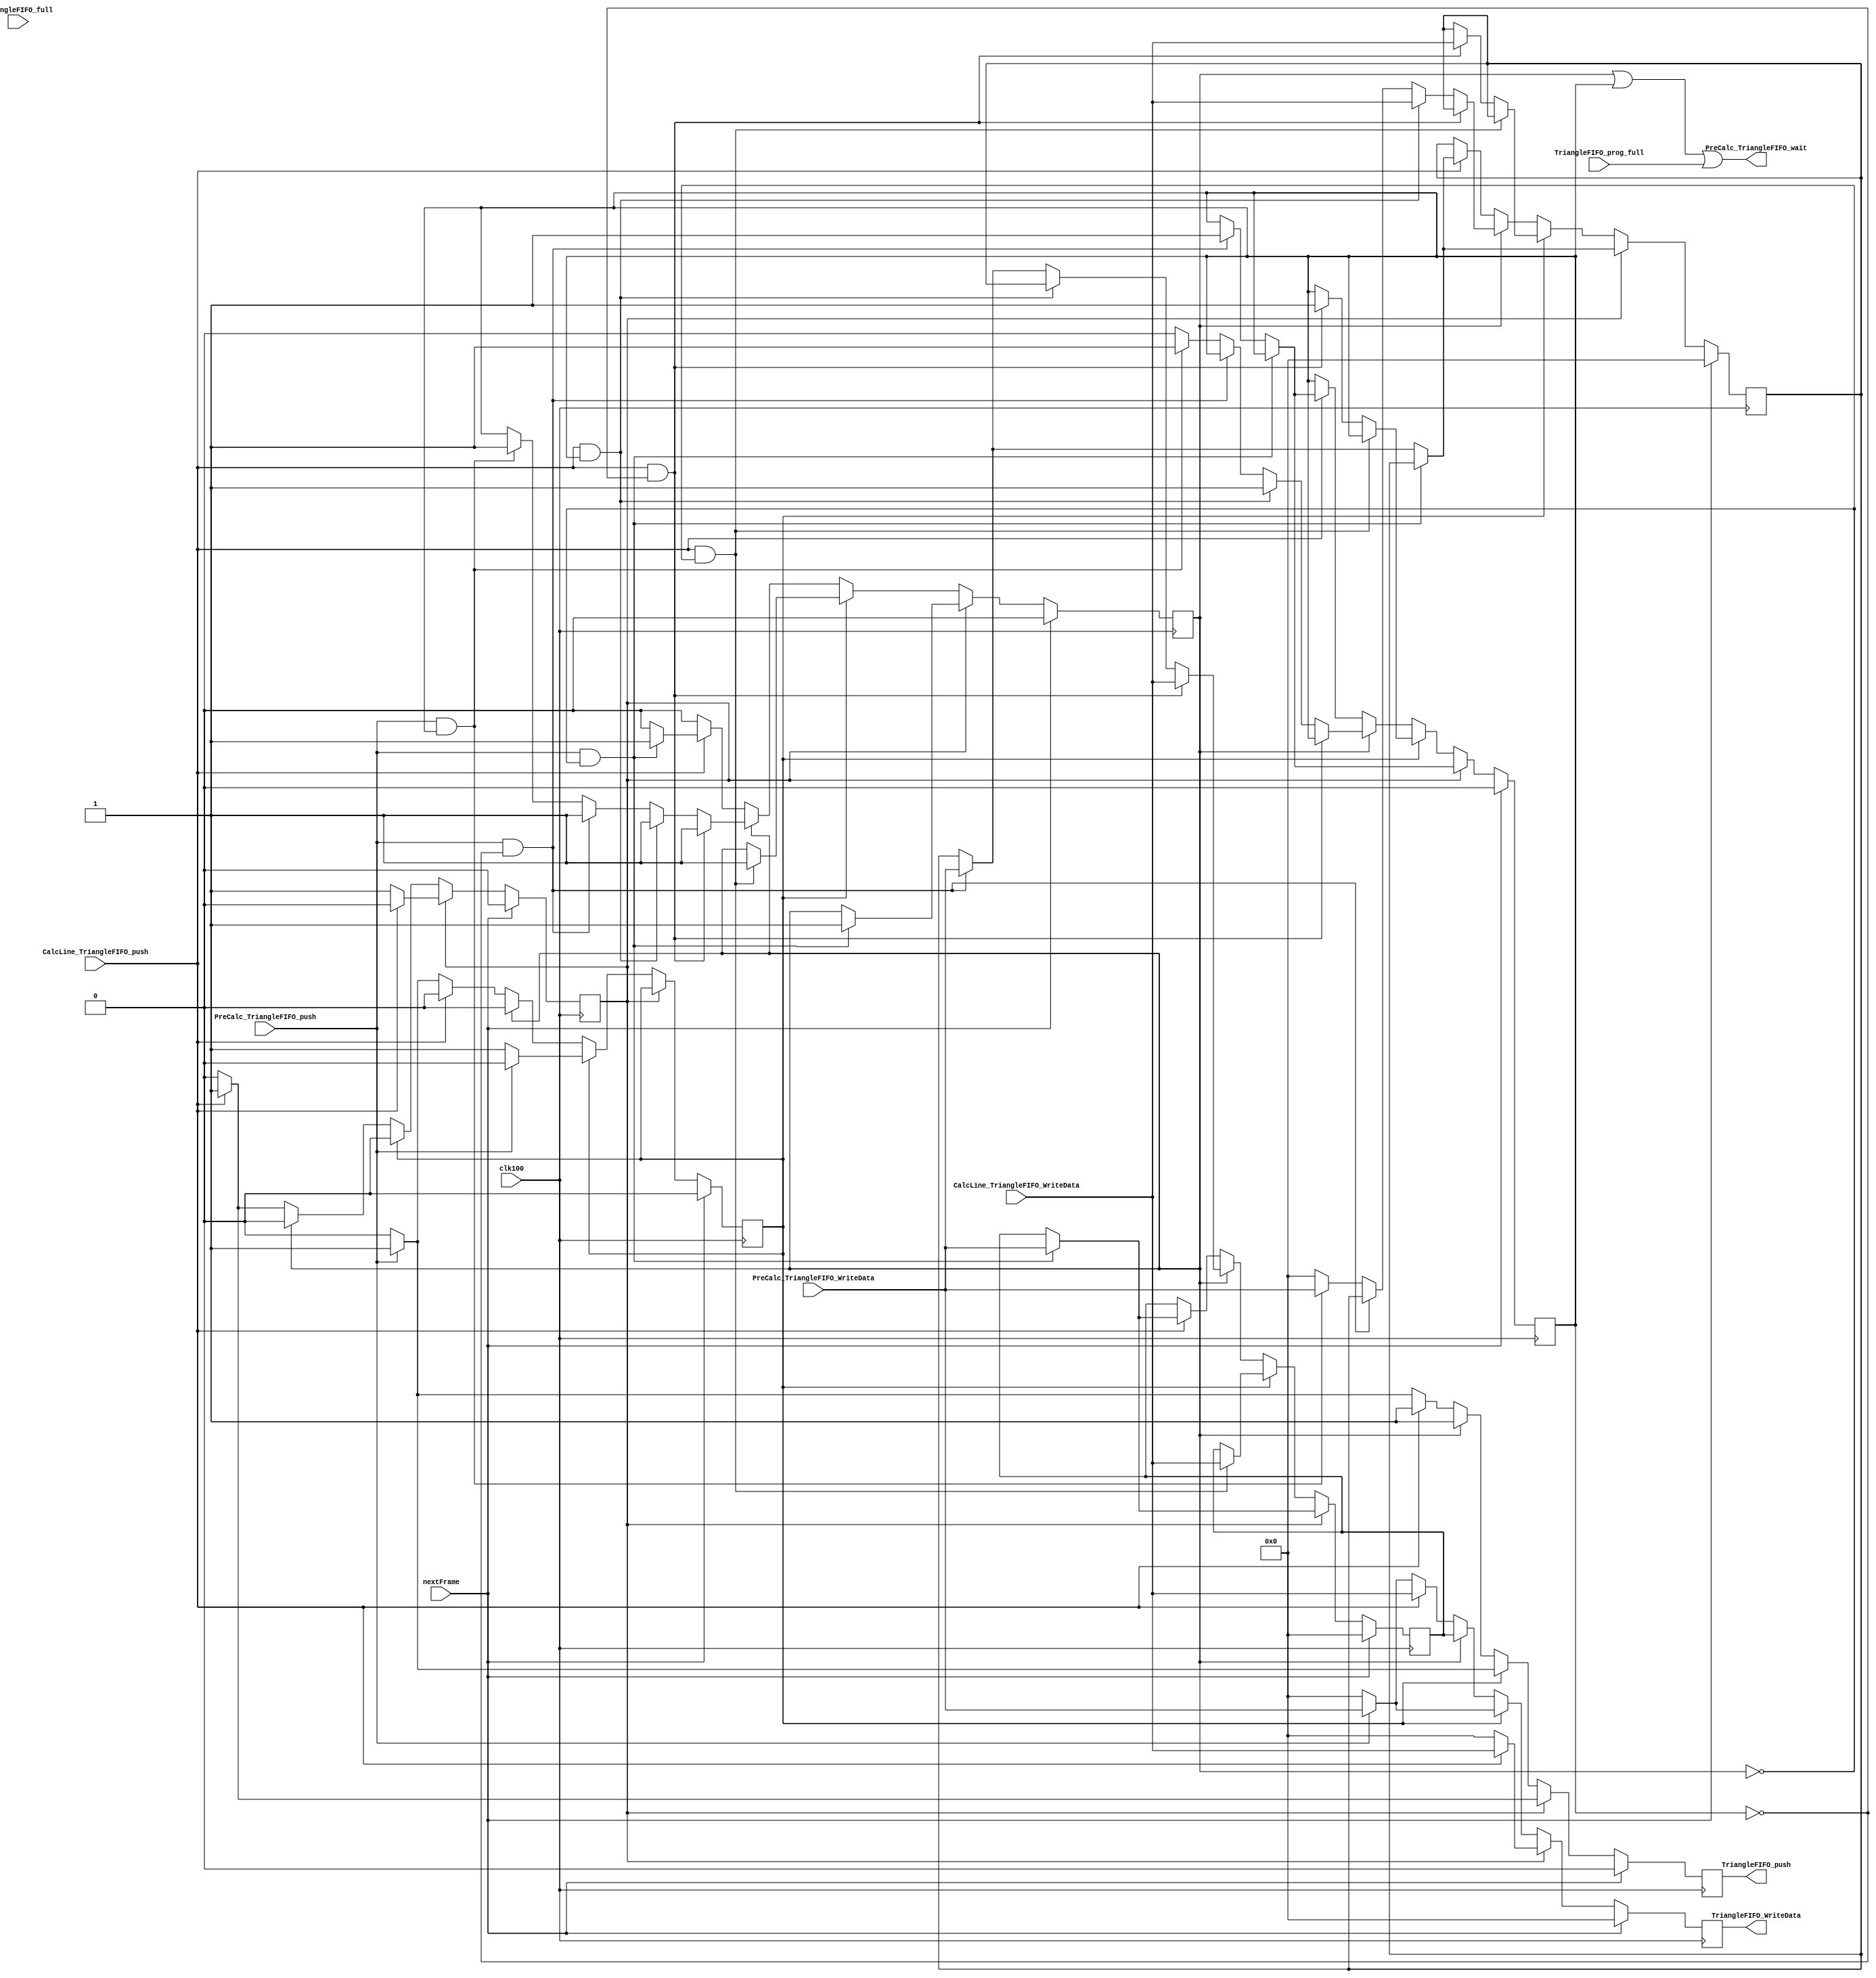
`timescale 1ns / 1ps
//////////////////////////////////////////////////////////////////////////////////
// Company: 
// Engineer: 
// 
// Design Name: 
// Module Name:    TriangleFIFOController 
// Project Name: 
// Target Devices: 
// Tool versions: 
// Description: 
//
// Dependencies: 
//
// Revision: 
// Revision 0.01 - File Created
// Additional Comments: 
//
//////////////////////////////////////////////////////////////////////////////////
module TriangleFIFOController(
    input clk100,
	 input nextFrame,
    input [223:0] CalcLine_TriangleFIFO_WriteData,
    input CalcLine_TriangleFIFO_push,
    input [223:0] PreCalc_TriangleFIFO_WriteData,
    input PreCalc_TriangleFIFO_push,
    output PreCalc_TriangleFIFO_wait,
    output reg [223:0] TriangleFIFO_WriteData,
    output reg TriangleFIFO_push,
    input TriangleFIFO_full,
    input TriangleFIFO_prog_full
    );
	 
reg [223:0] Buf1;
reg         Buf1_full = 0;
reg [223:0] Buf2;
reg         Buf2_full = 0;

reg PreCalc_active;
reg CalcLine_active;

assign PreCalc_TriangleFIFO_wait = Buf1_full || Buf2_full || TriangleFIFO_prog_full;

always@(posedge clk100)
begin
	if(nextFrame)
	begin
		Buf1 <= 0;
		Buf1_full <= 0;
		Buf2 <= 0;
		Buf2_full <= 0;
		TriangleFIFO_push <= 0;
		TriangleFIFO_WriteData <= 0;
		PreCalc_active <= 0;
		CalcLine_active <= 0;
	end
	else if(CalcLine_active)
	begin
		if(CalcLine_TriangleFIFO_push)
		begin
			TriangleFIFO_push <= 1;
			TriangleFIFO_WriteData <= CalcLine_TriangleFIFO_WriteData;
			CalcLine_active <= 0;
		end
		else
		begin
			TriangleFIFO_push <= 0;
			TriangleFIFO_WriteData <= 0;
		end			
		if(PreCalc_TriangleFIFO_push && !Buf1_full)
		begin
			Buf1 <= PreCalc_TriangleFIFO_WriteData;
			Buf1_full <= 1;
		end
		else if(PreCalc_TriangleFIFO_push && !Buf2_full)
		begin
			Buf2 <= PreCalc_TriangleFIFO_WriteData;
			Buf2_full <= 1;
		end
	end
	else if(PreCalc_active)
	begin
		if(PreCalc_TriangleFIFO_push)
		begin
			TriangleFIFO_push <= 1;
			TriangleFIFO_WriteData <= PreCalc_TriangleFIFO_WriteData;
			PreCalc_active <= 0;
		end
		else
		begin
			TriangleFIFO_push <= 0;
			TriangleFIFO_WriteData <= 0;
		end	
		if(CalcLine_TriangleFIFO_push && !Buf1_full)
		begin
			Buf1 <= CalcLine_TriangleFIFO_WriteData;
			Buf1_full <= 1;
		end
		else if(CalcLine_TriangleFIFO_push && !Buf2_full)
		begin
			Buf2 <= CalcLine_TriangleFIFO_WriteData;
			Buf2_full <= 1;
		end
	end
	else if(Buf1_full)
	begin
		TriangleFIFO_push <= 1;
		TriangleFIFO_WriteData <= Buf1;
		if(CalcLine_TriangleFIFO_push && !Buf2_full)
		begin
			Buf1 <= CalcLine_TriangleFIFO_WriteData;
			Buf1_full <= 1;
		end
		else if(CalcLine_TriangleFIFO_push && Buf2_full)
		begin
			Buf1 <= Buf2;
			Buf1_full <= 1;
			Buf2 <= CalcLine_TriangleFIFO_WriteData;
			Buf2_full <= 1;
		end
		else if(PreCalc_TriangleFIFO_push && !Buf2_full)
		begin
			Buf1 <= PreCalc_TriangleFIFO_WriteData;
			Buf1_full <= 1;
		end
		else if(PreCalc_TriangleFIFO_push && Buf2_full)
		begin
			Buf1 <= Buf2;
			Buf1_full <= 1;
			Buf2 <= PreCalc_TriangleFIFO_WriteData;
			Buf2_full <= 1;
		end
		else
		begin
			Buf1 <= Buf2;
			Buf1_full <= Buf2_full;
			Buf2 <= 0;
			Buf2_full <= 0;
		end
	end
	else if(CalcLine_TriangleFIFO_push)
	begin
		TriangleFIFO_push <= 1;
		TriangleFIFO_WriteData <= CalcLine_TriangleFIFO_WriteData;
		if(PreCalc_TriangleFIFO_push && !Buf1_full)
		begin
			Buf1 <= PreCalc_TriangleFIFO_WriteData;
			Buf1_full <= 1;
		end
		else if(PreCalc_TriangleFIFO_push && !Buf2_full)
		begin
			Buf2 <= PreCalc_TriangleFIFO_WriteData;
			Buf2_full <= 1;
		end
		CalcLine_active <= 1;
	end
	else if(PreCalc_TriangleFIFO_push)
	begin
		TriangleFIFO_push <= 1;
		TriangleFIFO_WriteData <= PreCalc_TriangleFIFO_WriteData;
		PreCalc_active <= 1;
	end
	else
	begin
		TriangleFIFO_push <= 0;
		TriangleFIFO_WriteData <= 0;
	end
end


endmodule